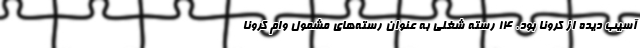
آسیب دیده از کرونا بود. ۱۴ رسته شغلی به عنوان رسته‌های مشمول وام کرونا